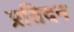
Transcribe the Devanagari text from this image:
प्रतिदन